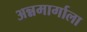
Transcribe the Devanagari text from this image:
अन्नमार्गाला